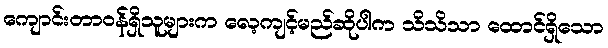
ကျောင်းတာဝန်ရှိသူများက လေ့ကျင့်မည်ဆိုပါက သိသိသာ ထောင်ရှိသော